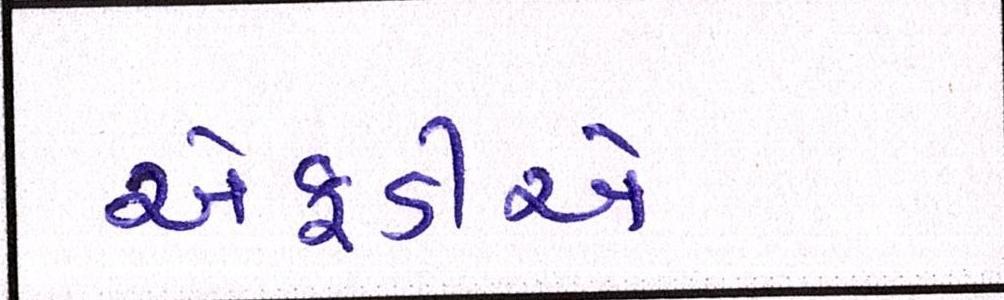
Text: એફડીએ